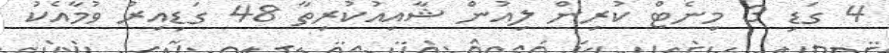
4 ގަޑި 3 މިނެޓް ކުރިން ލިއުން ޝާއިއުކުރިތާ 48 ގަޑިއިރު ވުމާއެކު